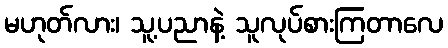
မဟုတ်လား၊ သူ့ပညာနဲ့ သူလုပ်စားကြတာလေ